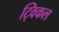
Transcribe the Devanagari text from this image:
ट्विकल